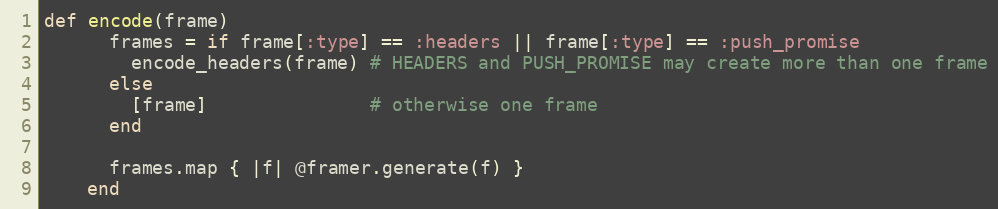
Language: Ruby
def encode(frame)
      frames = if frame[:type] == :headers || frame[:type] == :push_promise
        encode_headers(frame) # HEADERS and PUSH_PROMISE may create more than one frame
      else
        [frame]               # otherwise one frame
      end

      frames.map { |f| @framer.generate(f) }
    end